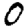
Digit: 0